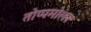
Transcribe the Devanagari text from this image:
तोप्पमोलर